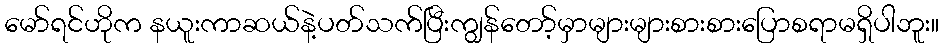
မော်ရင်ဟိုက နယူးကာဆယ်နဲ့ပတ်သက်ပြီးကျွန်တော့်မှာများများစားစားပြောစရာမရှိပါဘူး။